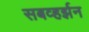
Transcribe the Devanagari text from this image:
सबव्हर्झन